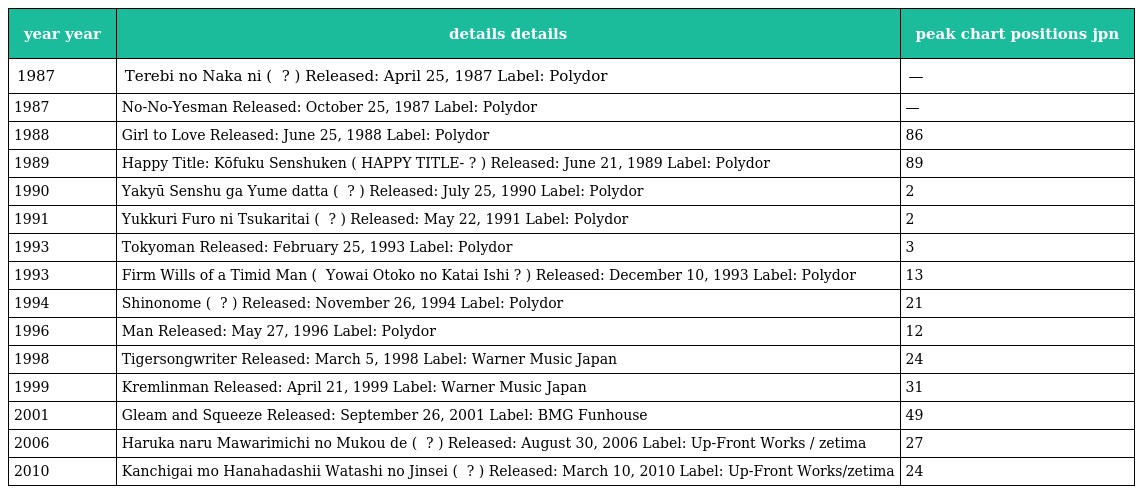
| year year | details details | peak chart positions jpn |
 | --- | --- | --- |
 | 1987 | Terebi no Naka ni ( テレビの中に ? ) Released: April 25, 1987 Label: Polydor | — |
 | 1987 | No-No-Yesman Released: October 25, 1987 Label: Polydor | — |
 | 1988 | Girl to Love Released: June 25, 1988 Label: Polydor | 86 |
 | 1989 | Happy Title: Kōfuku Senshuken ( HAPPY TITLE-幸福選手権 ? ) Released: June 21, 1989 Label: Polydor | 89 |
 | 1990 | Yakyū Senshu ga Yume datta ( 野球選手が夢だった ? ) Released: July 25, 1990 Label: Polydor | 2 |
 | 1991 | Yukkuri Furo ni Tsukaritai ( ゆっくり風呂につかりたい ? ) Released: May 22, 1991 Label: Polydor | 2 |
 | 1993 | Tokyoman Released: February 25, 1993 Label: Polydor | 3 |
 | 1993 | Firm Wills of a Timid Man ( 弱い男の固い意志 Yowai Otoko no Katai Ishi ? ) Released: December 10, 1993 Label: Polydor | 13 |
 | 1994 | Shinonome ( 東雲 ? ) Released: November 26, 1994 Label: Polydor | 21 |
 | 1996 | Man Released: May 27, 1996 Label: Polydor | 12 |
 | 1998 | Tigersongwriter Released: March 5, 1998 Label: Warner Music Japan | 24 |
 | 1999 | Kremlinman Released: April 21, 1999 Label: Warner Music Japan | 31 |
 | 2001 | Gleam and Squeeze Released: September 26, 2001 Label: BMG Funhouse | 49 |
 | 2006 | Haruka naru Mawarimichi no Mukou de ( 遥かなるまわり道の向こうで ? ) Released: August 30, 2006 Label: Up-Front Works / zetima | 27 |
 | 2010 | Kanchigai mo Hanahadashii Watashi no Jinsei ( カンチガイもハナハダしい私の人生 ? ) Released: March 10, 2010 Label: Up-Front Works/zetima | 24 |